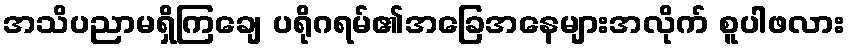
အသိပညာမရှိကြချေ ပရိုဂရမ်၏အခြေအနေများအလိုက် စူပါဖလား